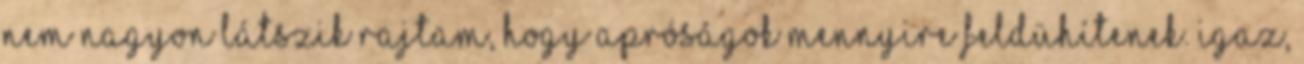
nem nagyon látszik rajtam, hogy apróságok mennyire feldühítenek. Igaz,